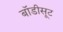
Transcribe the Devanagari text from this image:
बॉडीसूट